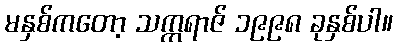
မနှစ်ကတော့ သက္ကရာဇ် ၁၉၉၈ ခုနှစ်ပါ။